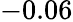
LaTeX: -0.06